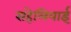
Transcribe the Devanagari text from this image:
सहेलियाई